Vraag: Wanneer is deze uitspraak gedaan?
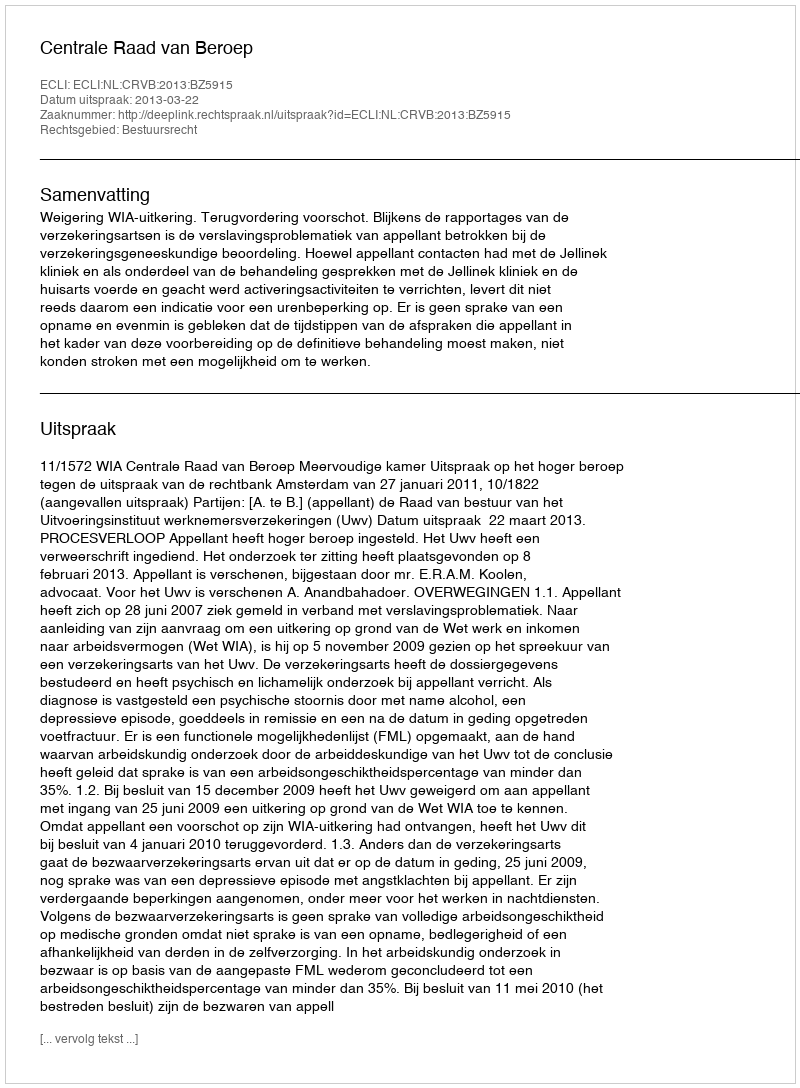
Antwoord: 2013-03-22